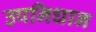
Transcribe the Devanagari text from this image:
उपनिधान